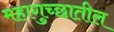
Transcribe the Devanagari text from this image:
महागुच्छातील